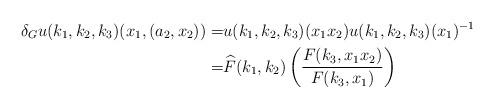
LaTeX: \begin{align*} \delta_G u(k_1,k_2,k_3)(x_1,(a_2,x_2)) = & u(k_1,k_2,k_3)(x_1x_2) u(k_1,k_2,k_3)(x_1)^{-1} \\ =& \widehat{F}(k_1,k_2)\left( \frac{F(k_3, x_1x_2)}{F(k_3,x_1)} \right) \end{align*}